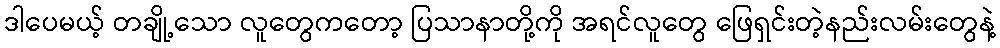
ဒါပေမယ့် တချို့သော လူတွေကတော့ ပြသာနာတို့ကို အရင်လူတွေ ဖြေရှင်းတဲ့နည်းလမ်းတွေနဲ့